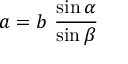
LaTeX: a = b \ { \frac { \sin \alpha } { \sin \beta } }